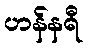
ဟန်နရီ